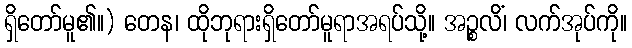
ရှိတော်မူ၏။) တေန၊ ထိုဘုရားရှိတော်မူရာအရပ်သို့။ အဉ္စလိံ၊ လက်အုပ်ကို။